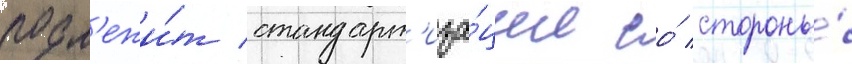
подл'ежи́т стандарт'иза́ции со́ стороны́